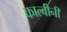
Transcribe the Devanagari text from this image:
काल्वीनी